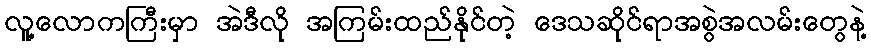
လူ့လောကကြီးမှာ အဲဒီလို အကြမ်းထည်နိုင်တဲ့ ဒေသဆိုင်ရာအစွဲအလမ်းတွေနဲ့